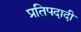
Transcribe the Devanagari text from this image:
प्रतिपदादी